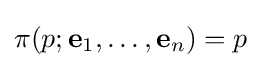
\pi (p;\mathbf {e} _{1},\dots ,\mathbf {e} _{n})=p